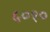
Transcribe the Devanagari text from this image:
५०१०